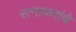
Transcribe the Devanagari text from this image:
रत्नाकरांचे